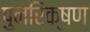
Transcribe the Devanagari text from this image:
पुनरिक्षण